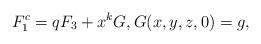
LaTeX: \begin{align*}F_1^c=qF_3+x^kG,G(x,y,z,0)=g,\end{align*}